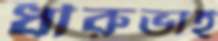
ধীরুভাই